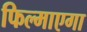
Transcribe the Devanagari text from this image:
फिल्माएगा